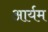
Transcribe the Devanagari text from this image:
आर्यम